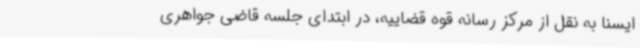
ایسنا به نقل از مرکز رسانه قوه قضاییه، در ابتدای جلسه قاضی جواهری